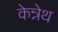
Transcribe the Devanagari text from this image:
केन्नेथ